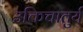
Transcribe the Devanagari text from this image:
उक्तिचातुर्य